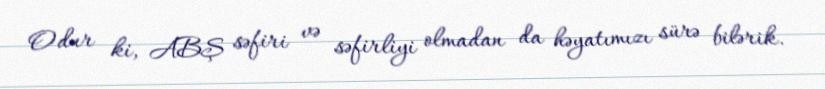
Odur ki, ABŞ səfiri və səfirliyi olmadan da həyatımızı sürə bilərik.